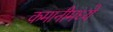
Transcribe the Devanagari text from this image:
कमानीमध्ये